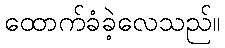
ထောက်ခံခဲ့လေသည်။